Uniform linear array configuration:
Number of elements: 24
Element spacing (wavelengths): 1
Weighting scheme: uniform
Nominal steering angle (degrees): -60
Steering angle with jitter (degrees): -60.516
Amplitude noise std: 0.05
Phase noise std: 0.05

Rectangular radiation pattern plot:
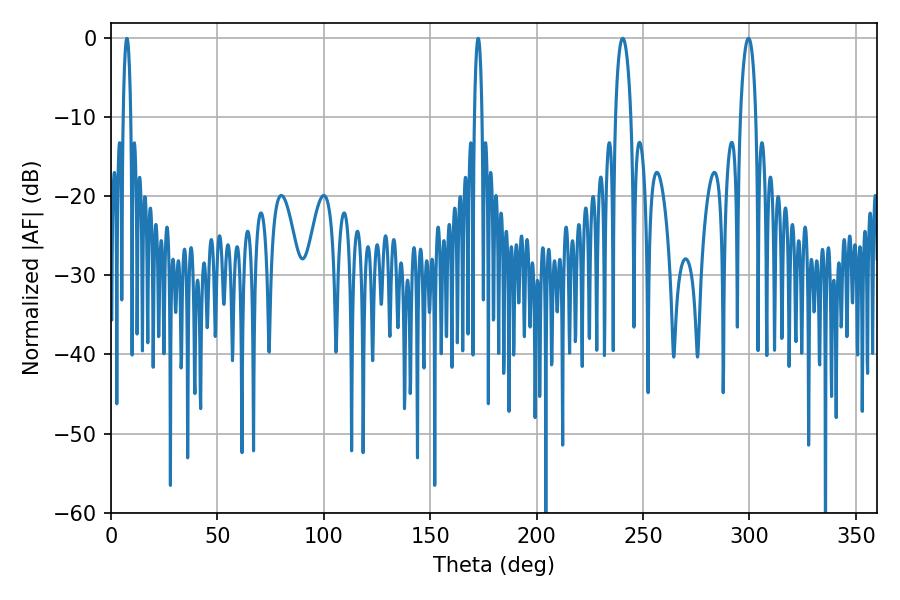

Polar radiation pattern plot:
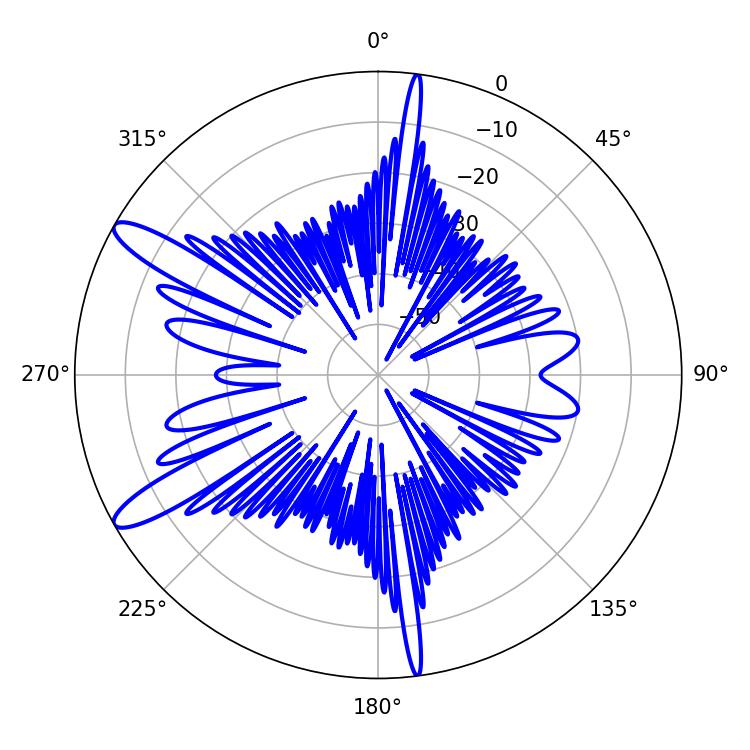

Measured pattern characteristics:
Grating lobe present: TRUE
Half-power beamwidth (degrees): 4.14
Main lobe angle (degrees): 240.48